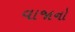
વાજાનો